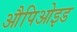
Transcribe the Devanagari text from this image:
औपिओइड